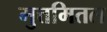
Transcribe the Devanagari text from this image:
मुत्तमितल